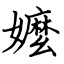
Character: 嬤